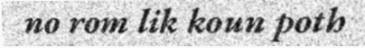
no rom lik koun poth